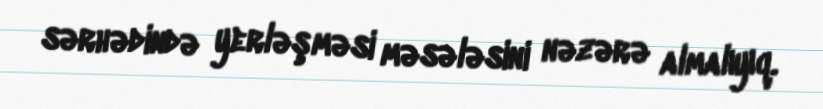
sərhədində yerləşməsi məsələsini nəzərə almalıyıq.